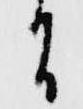
間